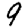
Digit: 9